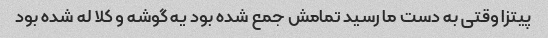
پیتزا وقتی به دست ما رسید تمامش جمع شده بود یه گوشه و کلا له شده بود